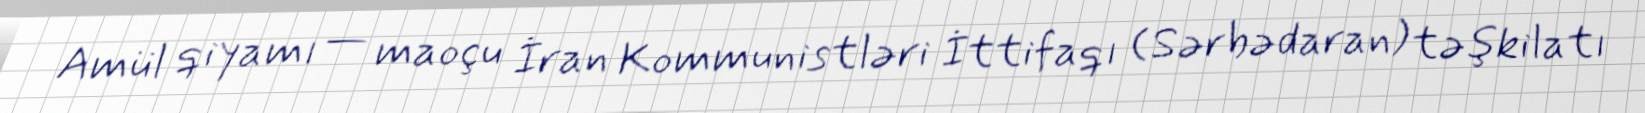
Amül qiyamı — maoçu İran Kommunistləri İttifaqı (Sərbədaran) təşkilatı